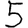
Digit: 5